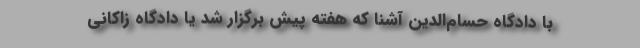
با دادگاه‌ حسام‌الدین آشنا که هفته پیش برگزار شد یا دادگاه زاکانی